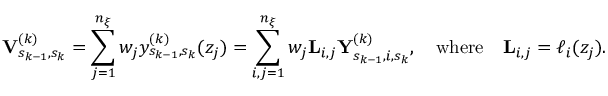
\mathbf { V } _ { s _ { k - 1 } , s _ { k } } ^ { ( k ) } = \sum _ { j = 1 } ^ { n _ { \xi } } w _ { j } y _ { s _ { k - 1 } , s _ { k } } ^ { ( k ) } ( z _ { j } ) = \sum _ { i , j = 1 } ^ { n _ { \xi } } w _ { j } \mathbf { L } _ { i , j } \mathbf { Y } _ { s _ { k - 1 } , i , s _ { k } } ^ { ( k ) } , \quad \mathrm { w h e r e } \quad \mathbf { L } _ { i , j } = \ell _ { i } ( z _ { j } ) .